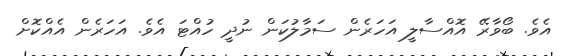
އެވެ. ބޯވާރޭ އޮއްސާލީ އަހަރެން ސަމާލުކަން ނުދީ ހުއްޓަ އެވެ. އަހަރެން އެއްކޮށް